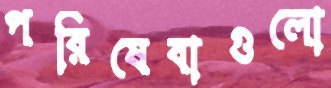
পরিষেবাগুলো